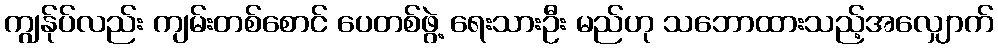
ကျွန်ုပ်လည်း ကျမ်းတစ်စောင် ပေတစ်ဖွဲ့ ရေးသားဦး မည်ဟု သဘောထားသည့်အလျှောက်